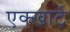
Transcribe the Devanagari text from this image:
एक्खार्ट